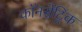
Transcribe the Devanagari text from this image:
कॉनसेंट्रिक